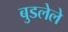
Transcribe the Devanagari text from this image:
बुडलेले